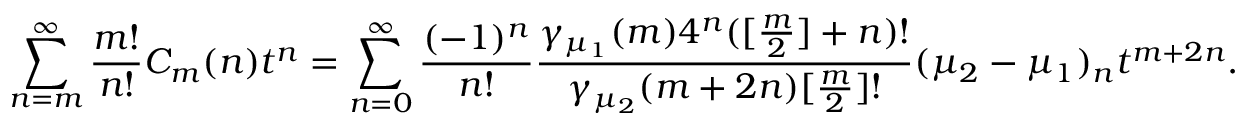
\sum _ { n = m } ^ { \infty } \frac { m ! } { n ! } C _ { m } ( n ) t ^ { n } = \sum _ { n = 0 } ^ { \infty } { \frac { ( - 1 ) ^ { n } } { n ! } } { \frac { \gamma _ { \mu _ { 1 } } ( m ) 4 ^ { n } ( [ \frac { m } { 2 } ] + n ) ! } { \gamma _ { \mu _ { 2 } } ( m + 2 n ) [ \frac { m } { 2 } ] ! } } ( \mu _ { 2 } - \mu _ { 1 } ) _ { n } t ^ { m + 2 n } .